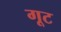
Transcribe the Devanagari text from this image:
गूट